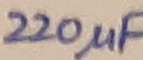
Text: 220µF